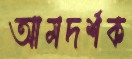
আমদর্শক